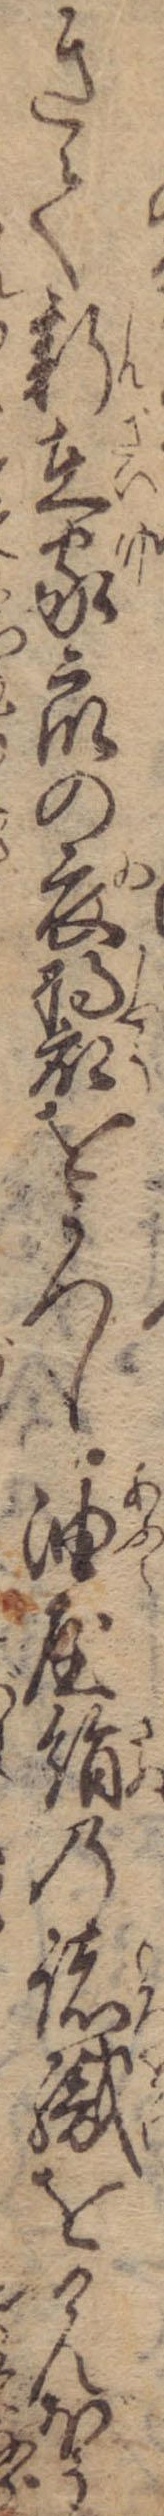
きて新在家衆の衣をうつし油屋絹の諸織をけんぼう